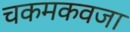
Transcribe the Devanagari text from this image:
चकमकवजा